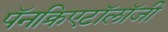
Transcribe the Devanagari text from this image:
पॅनक्रिएटॉलॉजी